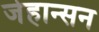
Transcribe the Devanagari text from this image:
जेहान्सन